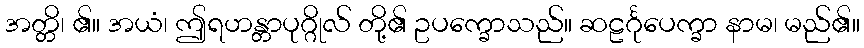
အတ္တိ၊ ၏။ အယံ၊ ဤရဟန္တာပုဂ္ဂိုလ် တို့၏ ဥပက္ခောသည်။ ဆဠင်္ဂုပေက္ခာ နာမ၊ မည်၏။